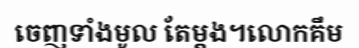
ចេញទាំងមូល តែម្តង។លោកគឹម